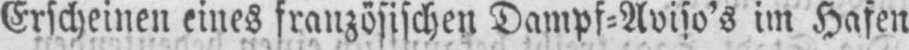
Erscheinen eines französischen Dampf⸗Aviso’s im Hafen